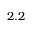
2 . 2